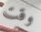
وقت